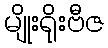
မျိုးရိုးဗီဇ